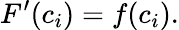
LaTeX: F^{\prime}(c_{i})=f(c_{i}).